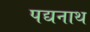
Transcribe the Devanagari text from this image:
पद्यनाथ